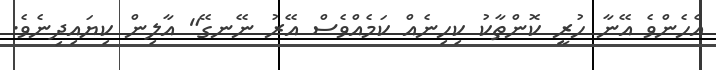
އެހެންވެ އޭނާ ހުރީ ކޮންތާކު ކިހިނެއް ކަމެއްވެސް އޭރު ނޭނގޭ" އާލިން ކިޔައިދިނެވެ.